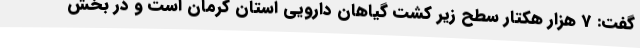
گفت: 7 هزار هکتار سطح زیر کشت گیاهان دارویی استان کرمان است و در بخش